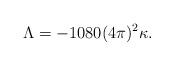
\begin{align*}\Lambda = - 1080 (4\pi)^2 \kappa. \end{align*}